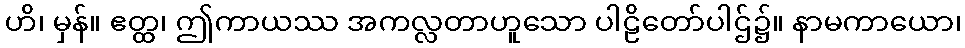
ဟိ၊ မှန်။ ဧတ္ထ၊ ဤကာယဿ အကလ္လတာဟူသော ပါဠိတော်ပါဌ်၌။ နာမကာယော၊